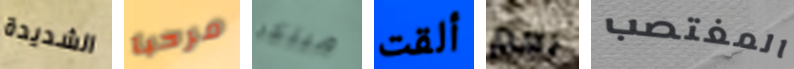
الشديدة مرحبا مبتكر ألقت نعم المغتصب